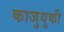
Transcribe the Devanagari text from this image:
काजुयुकी